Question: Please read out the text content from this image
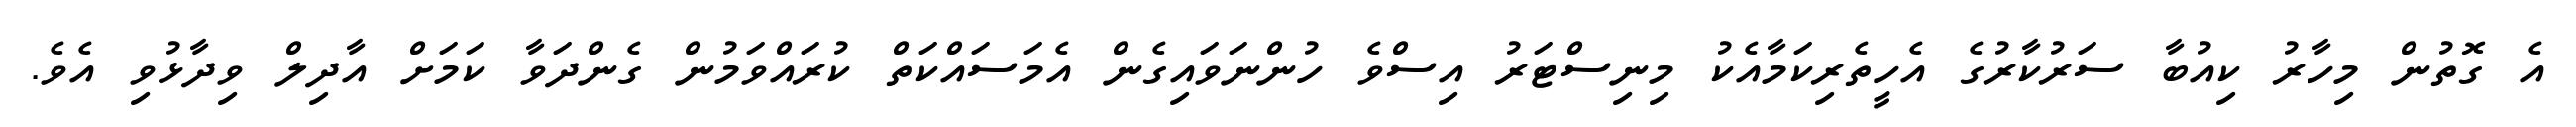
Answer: އެ ގޮތުން މިހާރު ކިއުބާ ސަރުކާރުގެ އެހީތެރިކަމާއެކު މިނިސްޓަރު އިސްވެ ހުންނަވައިގެން އެމަސައްކަތް ކުރައްވަމުން ގެންދަވާ ކަމަށް އާދިލް ވިދާޅުވި އެވެ.